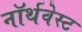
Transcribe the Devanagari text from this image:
नॉर्थवेस्‍ट